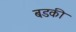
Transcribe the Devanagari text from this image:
बडकी